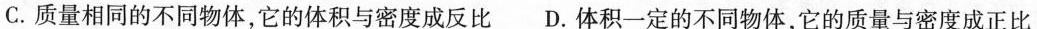
C.质量相同的不同物体，它的体积与密度成反比 D.体积一定的不同物体，它的质量与密度成正比